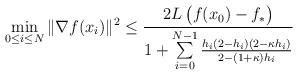
LaTeX: \begin{align*} \min_{0 {} \leq {} i {} \leq {} N} \|\nabla f(x_i)\|^2 {} \leq {} \frac{2L\,\big(f(x_0)-f_*\big)}{1 + \sum\limits_{i=0}^{N-1} \frac{h_i(2-h_i)(2-\kappa h_i)}{2-(1+\kappa) h_i}}\end{align*}